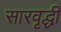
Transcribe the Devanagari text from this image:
सारवृद्धी